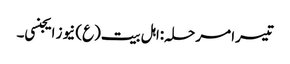
تیسرا مرحلہ:اہل بیت(ع) نیوز ایجنسی۔